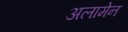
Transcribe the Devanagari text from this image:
अलामेन